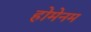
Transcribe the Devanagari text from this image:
होमेनम